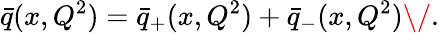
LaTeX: \bar{q}(x,Q^{2})=\bar{q}_{+}(x,Q^{2})+\bar{q}_{-}(x,Q^{2})\/ .